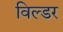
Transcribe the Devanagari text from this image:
विल्डर